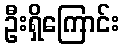
ဦးရှိကြောင်း